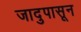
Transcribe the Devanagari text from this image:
जादुपासून